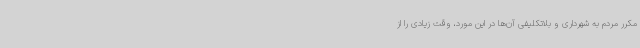
مکرر مردم به شهرداری و بلاتکلیفی آن‌ها در این مورد، وقت زیادی را از